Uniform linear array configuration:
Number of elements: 24
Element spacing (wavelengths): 0.5
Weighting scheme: binomial
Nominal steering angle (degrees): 15
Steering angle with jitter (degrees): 13.831
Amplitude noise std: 0.05
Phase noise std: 0.05

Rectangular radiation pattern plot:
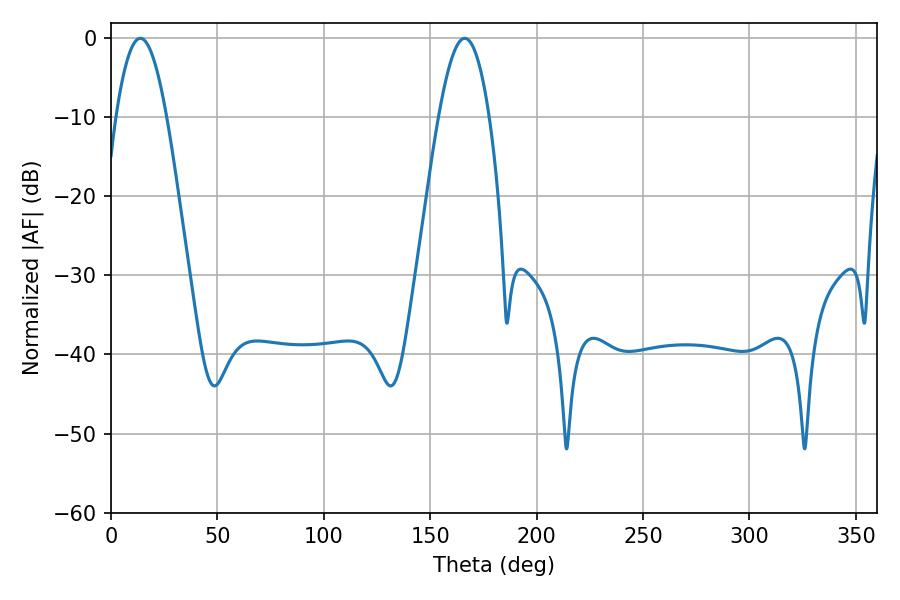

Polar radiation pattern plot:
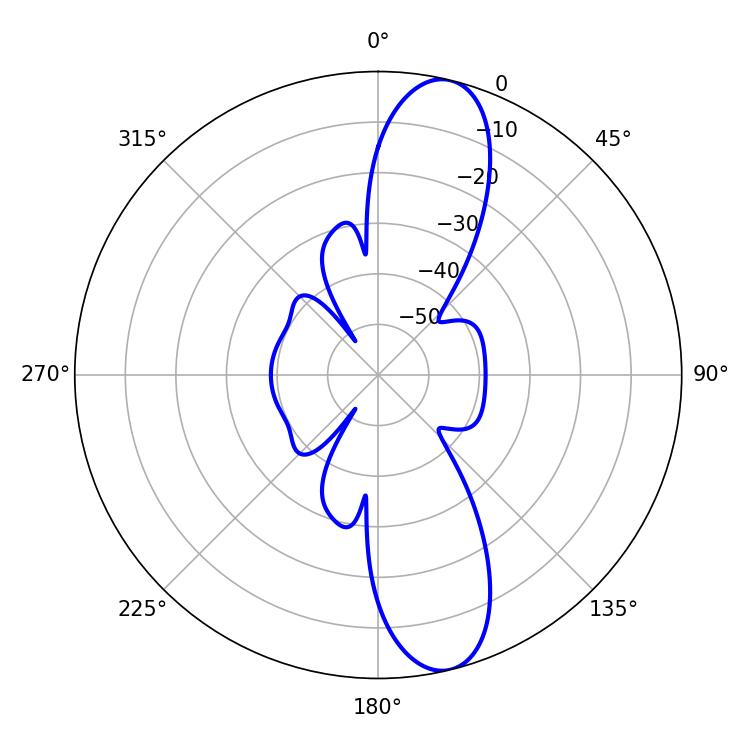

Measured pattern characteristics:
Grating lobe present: FALSE
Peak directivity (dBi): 12.295
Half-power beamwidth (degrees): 12.96
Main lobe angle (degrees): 13.86